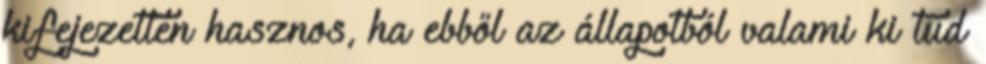
kifejezetten hasznos, ha ebből az állapotból valami ki tud